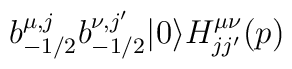
b_{-1/2}^{\mu, j} b_{-1/2}^{\nu,j^\prime} |0\rangle H_{jj^\prime}^{\mu\nu}(p)